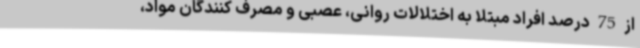
از 75 درصد افراد مبتلا به اختلالات روانی، عصبی و مصرف کنندگان مواد،